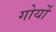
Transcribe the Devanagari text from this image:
गोर्यो